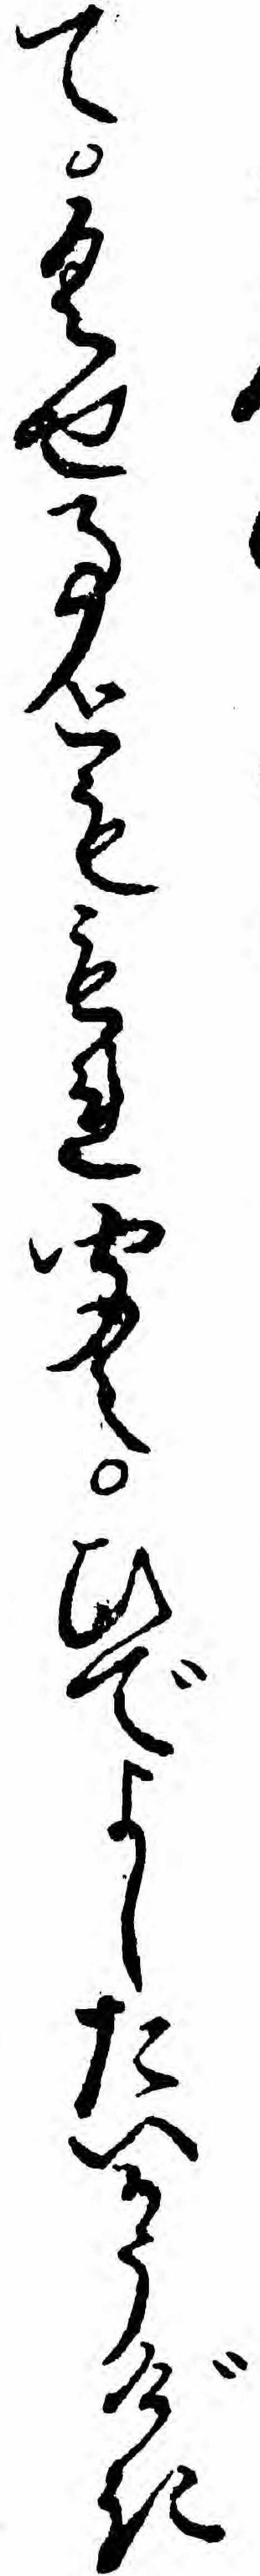
てくせ事とももれ聞えひでよしたいかうげき